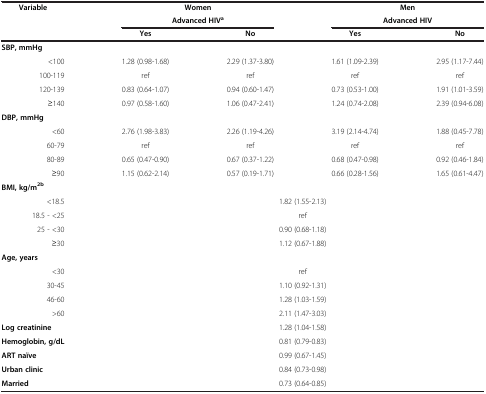
<table><thead><tr><td><b>Variable</b></td><td colspan="2"><b>Women</b></td><td colspan="2"><b>Men</b></td></tr><tr><td><b> </b></td><td colspan="2"><b>Advanced HIV<sup>a</sup></b></td><td colspan="2"><b>Advanced HIV</b></td></tr><tr><td><b> </b></td><td><b>Yes</b></td><td><b>No</b></td><td><b>Yes</b></td><td><b>No</b></td></tr></thead><tbody><tr><td><b>SBP, mmHg</b></td><td> </td><td> </td><td> </td><td> </td></tr><tr><td>&lt;100</td><td>1.28 (0.98-1.68)</td><td>2.29 (1.37-3.80)</td><td>1.61 (1.09-2.39)</td><td>2.95 (1.17-7.44)</td></tr><tr><td>100-119</td><td>ref</td><td>ref</td><td>ref</td><td>ref</td></tr><tr><td>120-139</td><td>0.83 (0.64-1.07)</td><td>0.94 (0.60-1.47)</td><td>0.73 (0.53-1.00)</td><td>1.91 (1.01-3.59)</td></tr><tr><td>≥140</td><td>0.97 (0.58-1.60)</td><td>1.06 (0.47-2.41)</td><td>1.24 (0.74-2.08)</td><td>2.39 (0.94-6.08)</td></tr><tr><td><b>DBP, mmHg</b></td><td> </td><td> </td><td> </td><td> </td></tr><tr><td>&lt;60</td><td>2.76 (1.98-3.83)</td><td>2.26 (1.19-4.26)</td><td>3.19 (2.14-4.74)</td><td>1.88 (0.45-7.78)</td></tr><tr><td>60-79</td><td>ref</td><td>ref</td><td>ref</td><td>ref</td></tr><tr><td>80-89</td><td>0.65 (0.47-0.90)</td><td>0.67 (0.37-1.22)</td><td>0.68 (0.47-0.98)</td><td>0.92 (0.46-1.84)</td></tr><tr><td>≥90</td><td>1.15 (0.62-2.14)</td><td>0.57 (0.19-1.71)</td><td>0.66 (0.28-1.56)</td><td>1.65 (0.61-4.47)</td></tr><tr><td><b>BMI, kg/m</b><sup><b>2b</b></sup></td><td colspan="4"> </td></tr><tr><td>&lt;18.5</td><td colspan="4">1.82 (1.55-2.13)</td></tr><tr><td>18.5 - &lt;25</td><td colspan="4">ref</td></tr><tr><td>25 - &lt;30</td><td colspan="4">0.90 (0.68-1.18)</td></tr><tr><td>≥30</td><td colspan="4">1.12 (0.67-1.88)</td></tr><tr><td><b>Age, years</b></td><td colspan="4"> </td></tr><tr><td>&lt;30</td><td colspan="4">ref</td></tr><tr><td>30-45</td><td colspan="4">1.10 (0.92-1.31)</td></tr><tr><td>46-60</td><td colspan="4">1.28 (1.03-1.59)</td></tr><tr><td>&gt;60</td><td colspan="4">2.11 (1.47-3.03)</td></tr><tr><td><b>Log creatinine</b></td><td colspan="4">1.28 (1.04-1.58)</td></tr><tr><td><b>Hemoglobin, g/dL</b></td><td colspan="4">0.81 (0.79-0.83)</td></tr><tr><td><b>ART naïve</b></td><td colspan="4">0.99 (0.67-1.45)</td></tr><tr><td><b>Urban clinic</b></td><td colspan="4">0.84 (0.73-0.98)</td></tr><tr><td><b>Married</b></td><td colspan="4">0.73 (0.64-0.85)</td></tr></tbody></table>